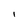
Character: 1